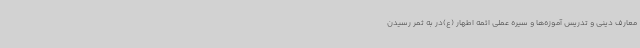
معارف دینی و تدریس آموزه‌ها و سیره عملی ائمه اطهار (ع)در به ‌ثمر رسیدن